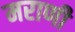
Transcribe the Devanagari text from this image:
मराणी